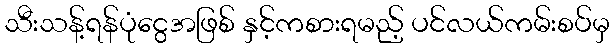
သီးသန့်ရန်ပုံငွေအဖြစ် နှင့်ကစားရမည့် ပင်လယ်ကမ်းစပ်မှ